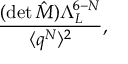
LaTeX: \frac { ( \mathrm { d e t } \, \hat { M } ) \Lambda _ { L } ^ { 6 - N } } { \langle q ^ { N } \rangle ^ { 2 } } ,